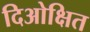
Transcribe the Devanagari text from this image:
दिओक्षित